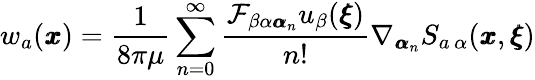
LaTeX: w_{a}({\pmb x})=\frac{1}{8\pi\mu}\sum_{n=0}^{\infty}\frac{\mathcal{F}_{\beta\alpha{\pmb\alpha}_{n}}u_{\beta}({\pmb\xi})}{n!}\nabla_{{\pmb\alpha}_{n}}S_{a\, \alpha}({\pmb x},{\pmb\xi})